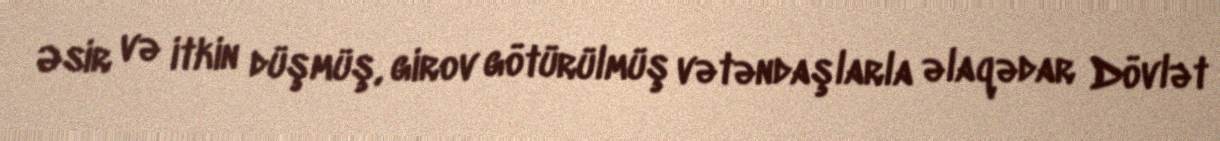
Əsir və itkin düşmüş, girov götürülmüş vətəndaşlarla əlaqədar Dövlət